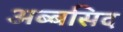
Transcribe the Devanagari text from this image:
अब्बसिद